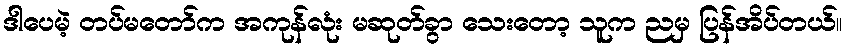
ဒါပေမဲ့ တပ်မတော်က အကုန်လုံး မဆုတ်ခွာ သေးတော့ သူက ညမှ ပြန်အိပ်တယ်။